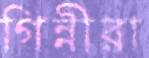
গিন্নীরা